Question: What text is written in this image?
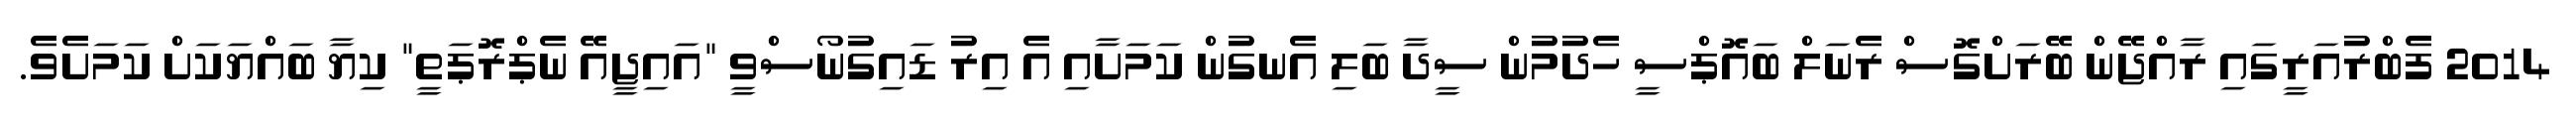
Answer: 2014 ފެބްރުއަރީގައި ރާއްޖޭން ބޭރަށްގޮސް ރެނަލް ބައޮޕްސީ ހެދުމުން ސީދާ ބަލި އެނގުން ކަމަށާއި އެ އިރު ޑައިގުނޯސްވީ "އައިޖީއޭ ނެޕްރޮޕަތީ" ކިޔާ ބައްޔަކަށް ކަމަށެވެ.